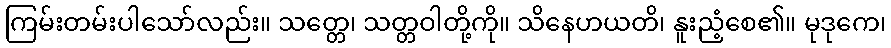
ကြမ်းတမ်းပါသော်လည်း။ သတ္တေ၊ သတ္တဝါတို့ကို။ သိနေဟယတိ၊ နူးညံ့စေ၏။ မုဒုကေ၊